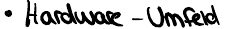
Hardware - Umfeld